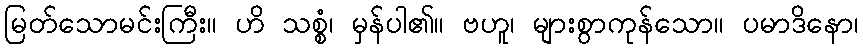
မြတ်သောမင်းကြီး။ ဟိ သစ္စံ၊ မှန်ပါ၏။ ဗဟူ၊ များစွာကုန်သော။ ပမာဒိနော၊